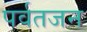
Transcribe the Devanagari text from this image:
पर्वतजन